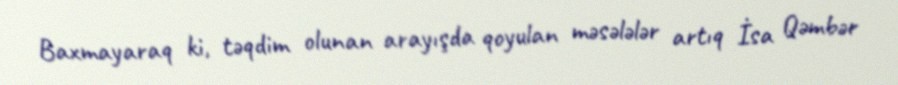
Baxmayaraq ki, təqdim olunan arayışda qoyulan məsələlər artıq İsa Qəmbər